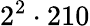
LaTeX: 2^{2}\cdot 210